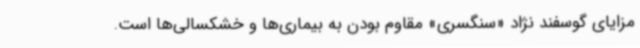
مزایای گوسفند نژاد «سنگسری» مقاوم بودن به بیماری‌ها و خشکسالی‌ها است.